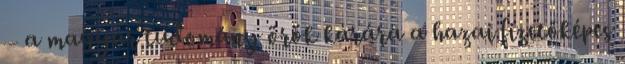
– a magyar tudomány örök kárára a hazai fizetőképes